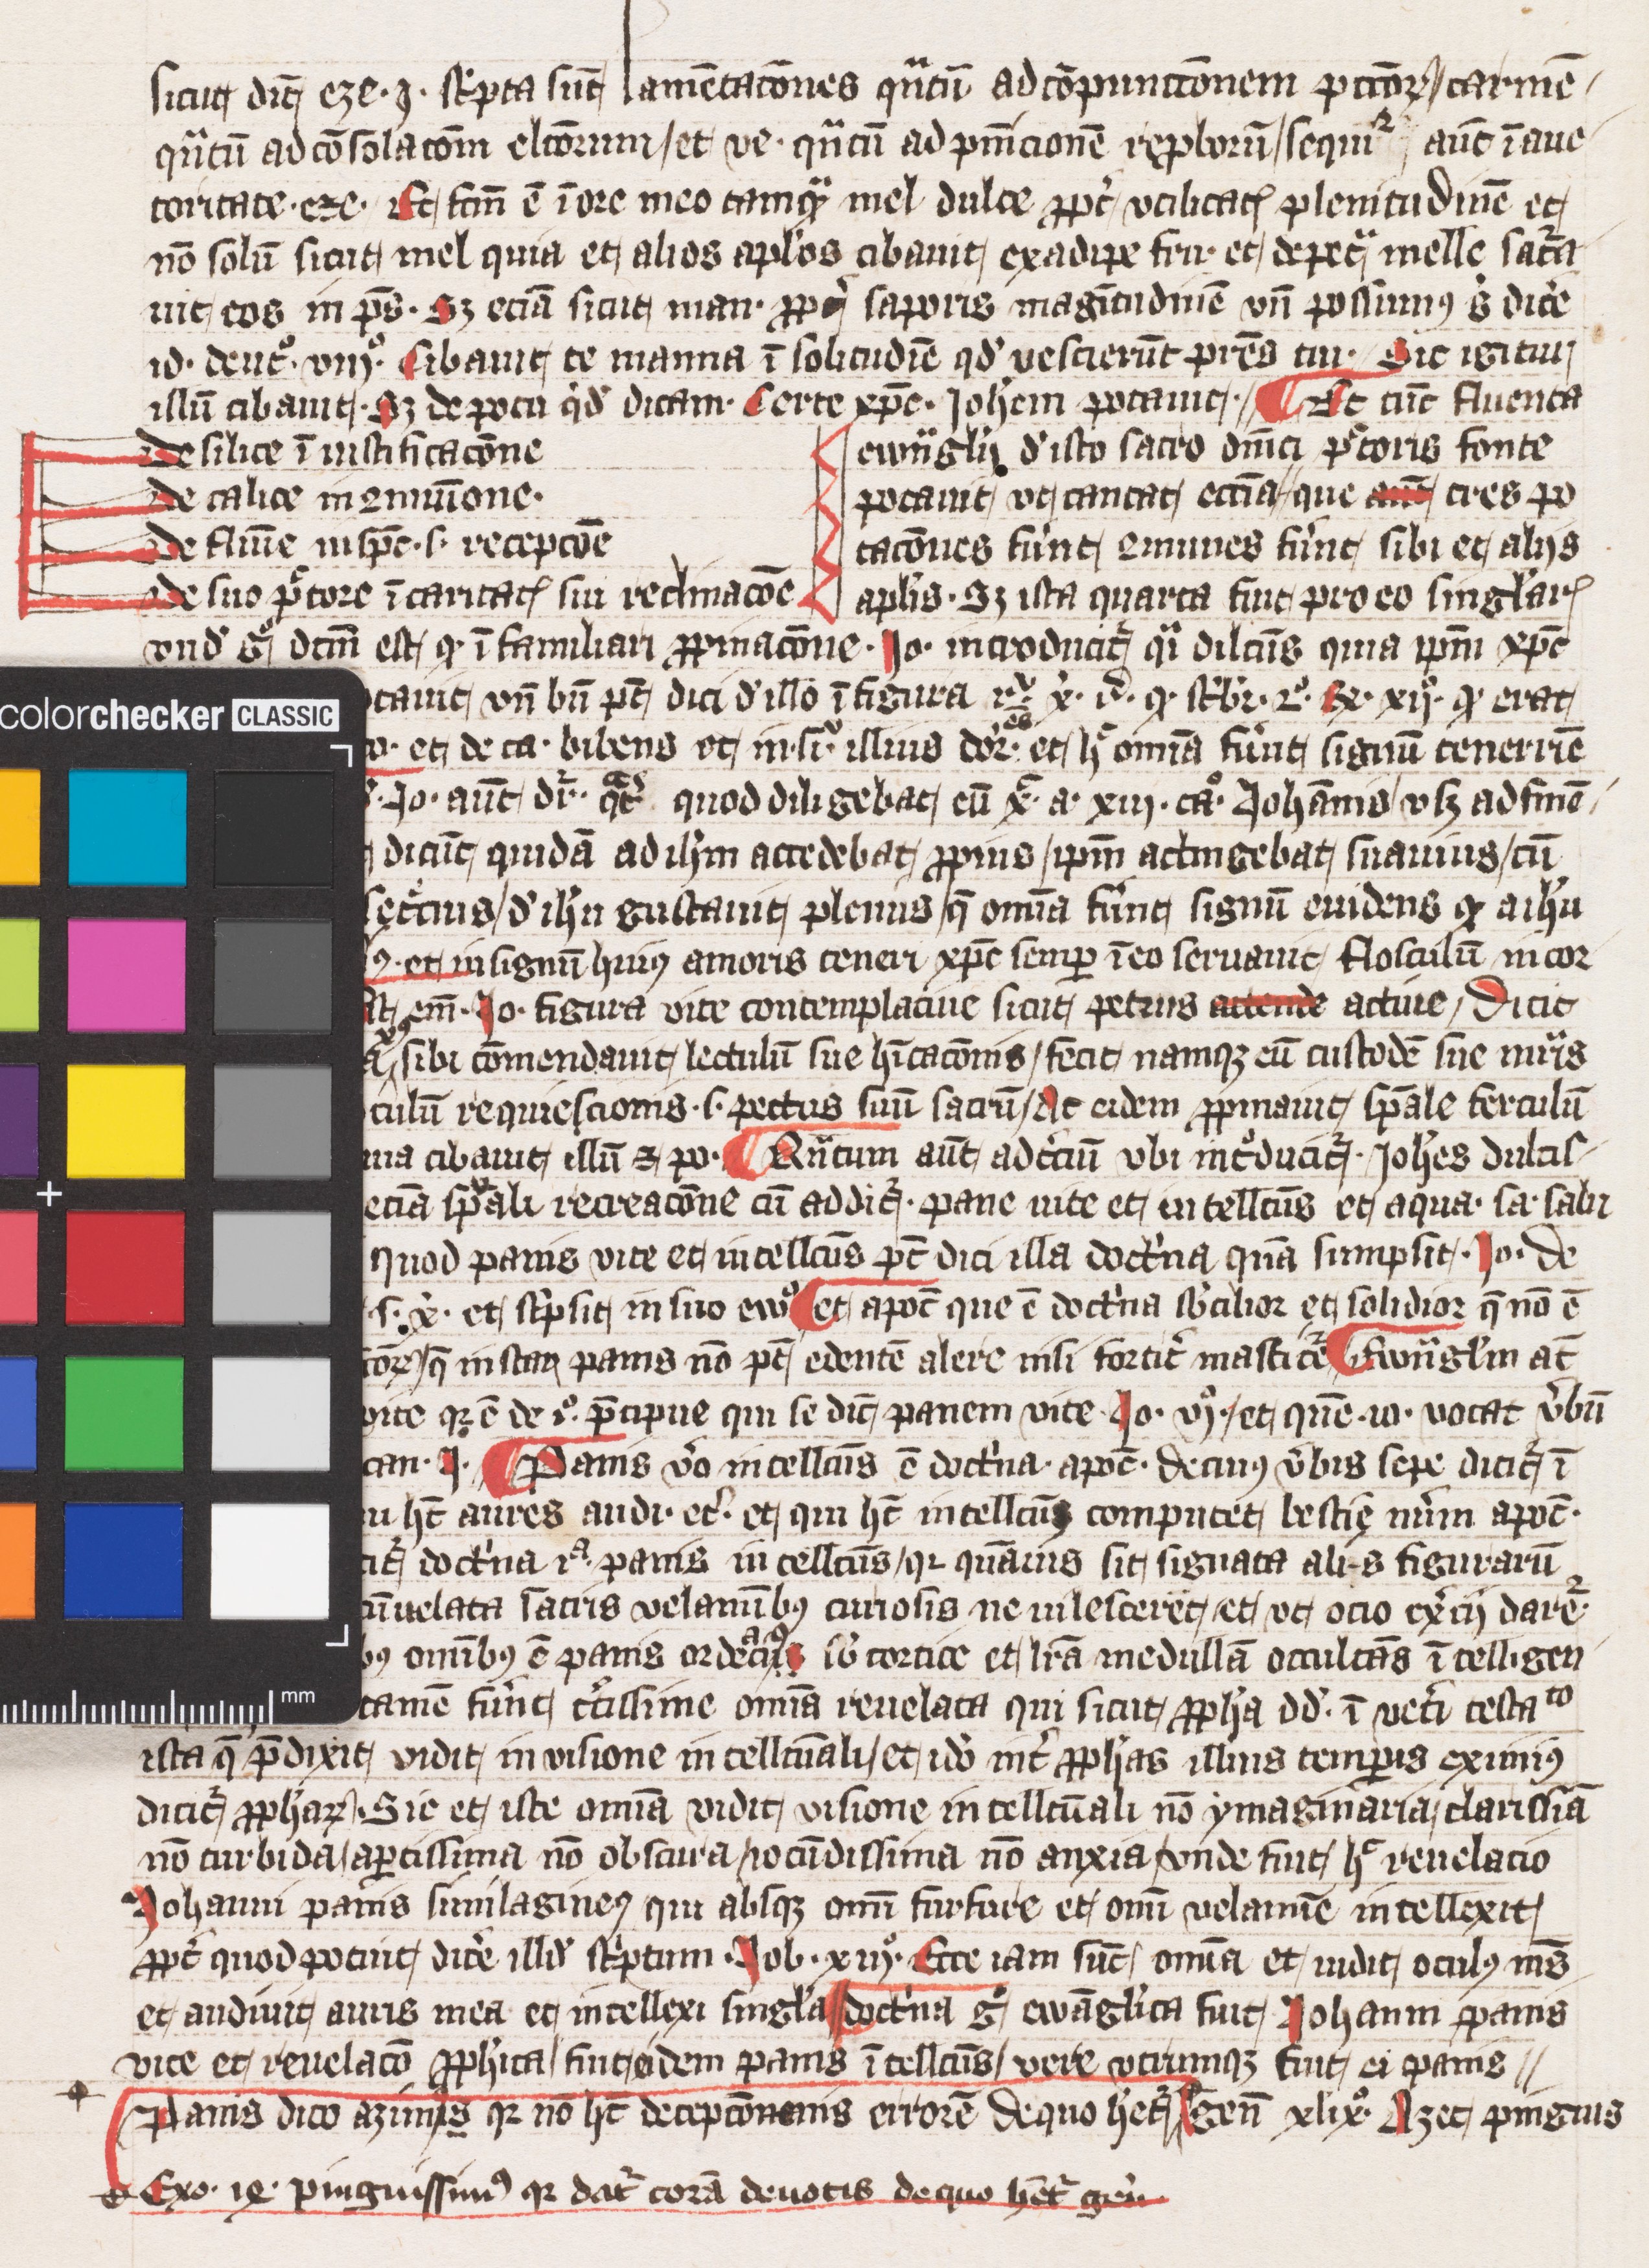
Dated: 1393–1393